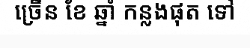
ច្រើន ខែ ឆ្នាំ កន្លងផុត ទៅ